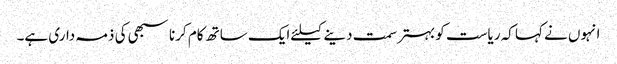
انہوں نے کہا کہ ریاست کو بہترسمت دینےکیلئےایک ساتھ کام کرنا سبھی کی ذمہ داری ہے۔